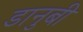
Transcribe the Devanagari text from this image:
डानुबी